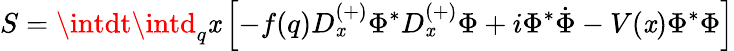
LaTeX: S=\intdt\intd_{q}\mathit{x}\left[-f(q)D_{\mathit{x}}^{(+)}\Phi^{\ast}D_{\mathit{x}}^{(+)}\Phi+i\Phi^{\ast}\dot{{\Phi}}-V(\mathit{x})\Phi^{\ast}\Phi\right]